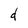
Character: d